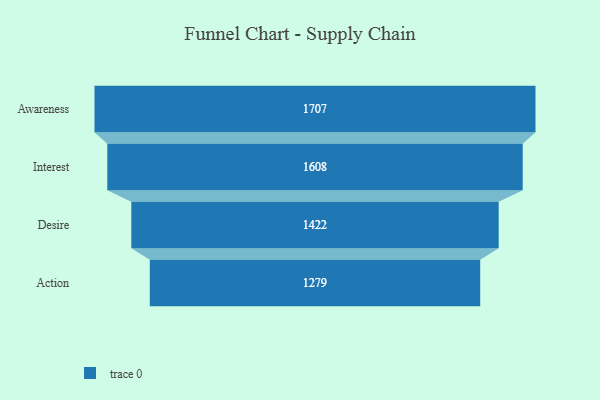
{"axis": {"x": "Stage", "y": "Value"}, "legend": [""], "data": [{"x": "Awareness", "y": 1707.0, "type": ""}, {"x": "Interest", "y": 1608.0, "type": ""}, {"x": "Desire", "y": 1422.0, "type": ""}, {"x": "Action", "y": 1279.0, "type": ""}]}